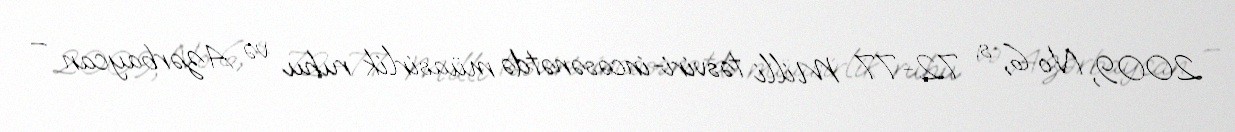
2009, № 6, s. 72-77 Milli təsviri-incəsənətdə müasirlik ruhu və Azərbaycan –